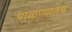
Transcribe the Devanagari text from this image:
पाळण्यातच